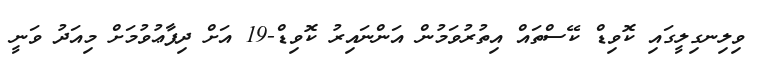
ވިލިނގިލީގައި ކޮވިޑް ކޭސްތައް އިތުރުވަމުން އަންނައިރު ކޮވިޑް-19 އަށް ދިފާޢުވުމަށް މިއަދު ވަނީ